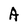
Character: A